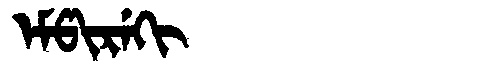
Manchu: ᡝᠮᡦᡳᡵᡝᡴᡳ
Romanization: EMPIREKI